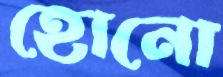
হোনো